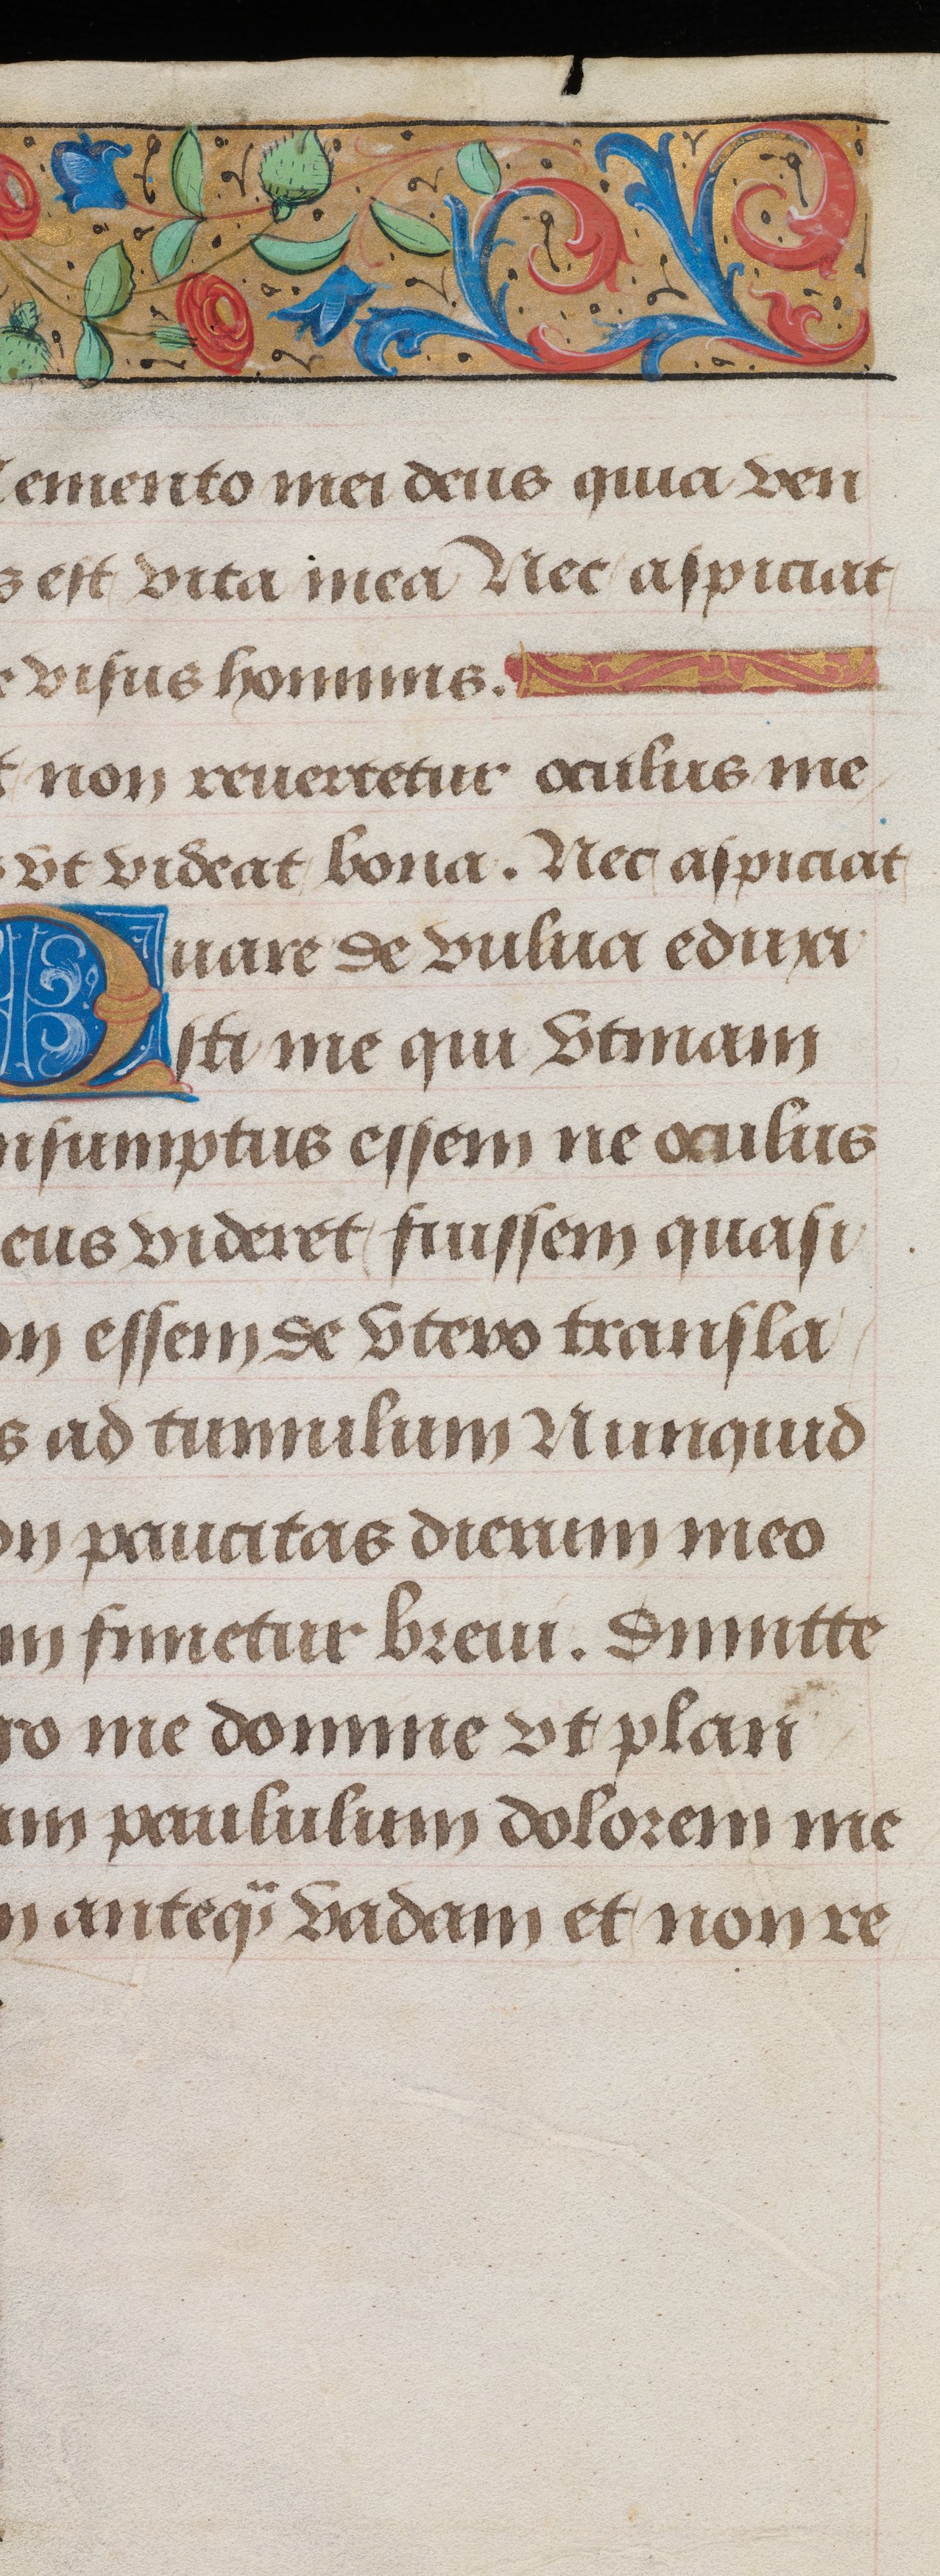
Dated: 1495–1498